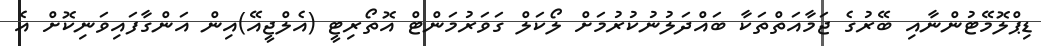
ޑިޕްލޮމޭޓުންނާއި ބޭރުގެ ޖަމާއަތްތަކާ ބައްދަލުނުކުރުމަށް ލޯކަލް ގަަވަރުމަންޓް އޮތޯރިޓީ (އެލްޖީއޭ)އިން އަންގާފައިވަނިކޮށް އެ